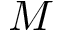
M